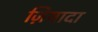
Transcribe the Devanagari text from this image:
ज़ियादा